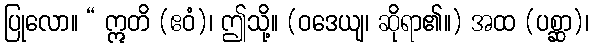
ပြုလော။ “ ဣတိ (ဧဝံ)၊ ဤသို့။ (ဝဒေယျ၊ ဆိုရာ၏။) အထ (ပစ္ဆာ)၊